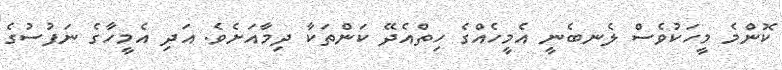
ކޮންމެ މީހަކުވެސް ލެނބެނީ އެމީހެއްގެ ހިތްއެދޭ ކަންތަކާ ދިމާއަށެވެ. އަދި އެމީހާގެ ނަފުސުގެ